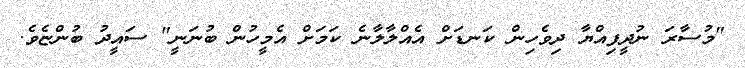
"މުސާރަ ނުދީފިއްޔާ ދިވެހިން ކަނޑަށް އެއްލާލާނެ ކަމަށް އެމީހުން ބުނަނީ" ސައީދު ބުންޏެވެ.